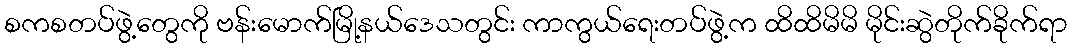
စကစတပ်ဖွဲ့တွေကို ဗန်းမောက်မြို့နယ်ဒေသတွင်း ကာကွယ်ရေးတပ်ဖွဲ့က ထိထိမိမိ မိုင်းဆွဲတိုက်ခိုက်ရာ